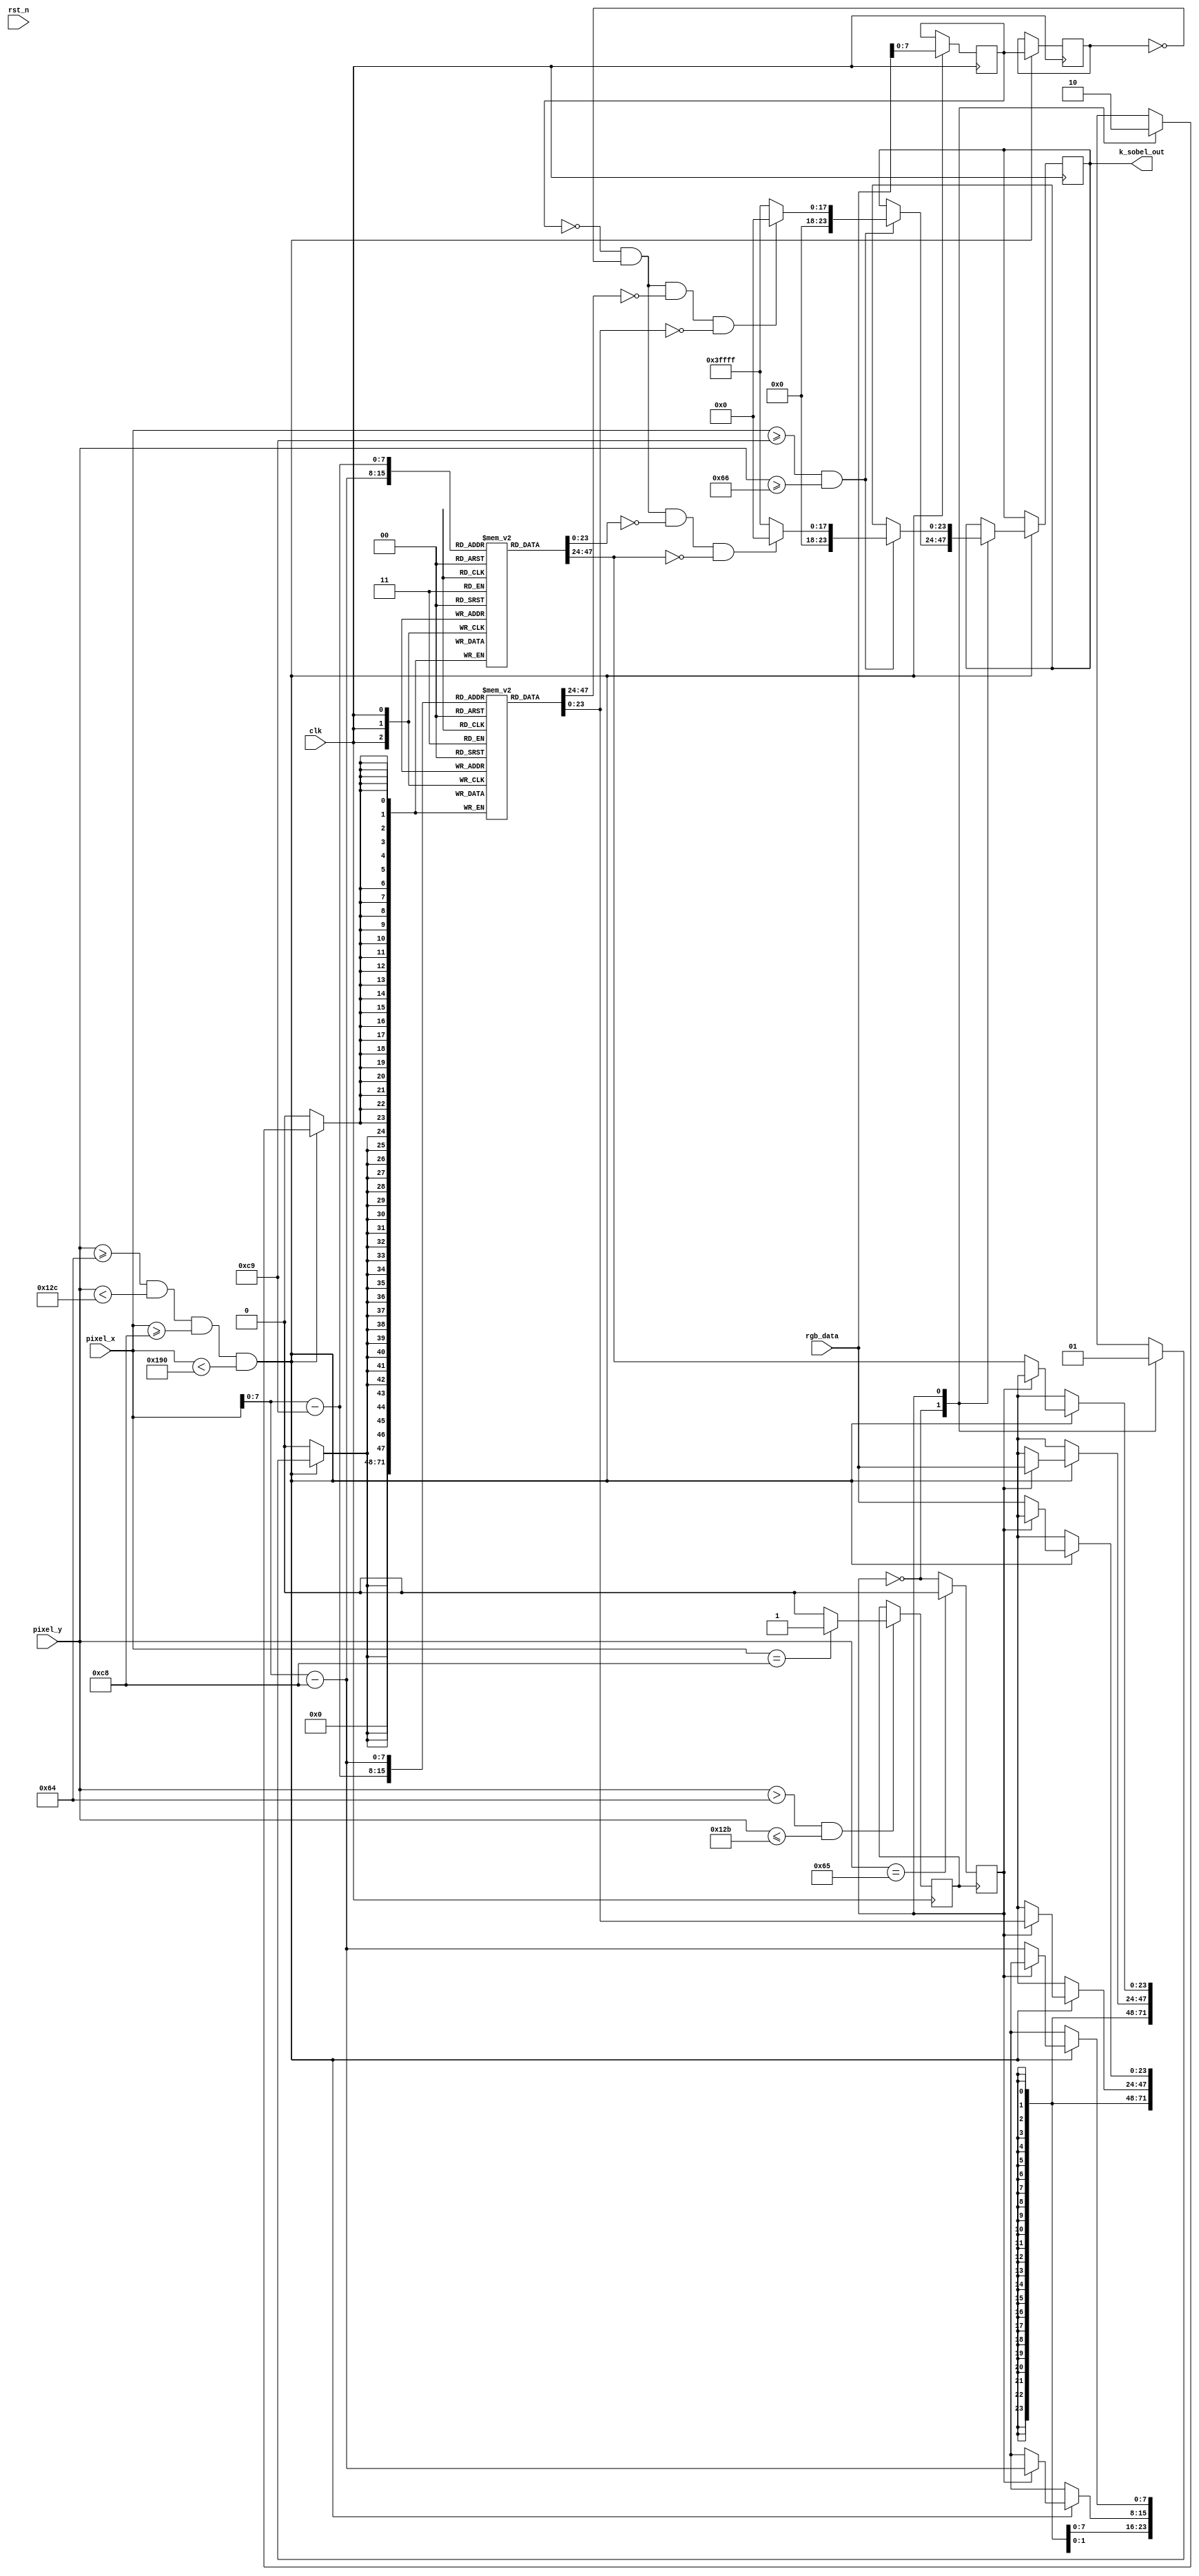
`timescale 1ns / 1ps
//////////////////////////////////////////////////////////////////////////////////
// Company: 
// Engineer: 
// 
// Design Name: 
// Module Name: erosion
// Project Name: 
// Target Devices: 
// Tool Versions: 
// Description: 
// 
// Dependencies: 
// 
// Revision:
// Revision 0.01 - File Created
// Additional Comments:
// 
//////////////////////////////////////////////////////////////////////////////////


module erosion(
input clk,
input rst_n,
input [10:0] pixel_x,
input [10:0] pixel_y,
input wire [23:0] rgb_data,
output  reg [23:0] k_sobel_out
    );
parameter PIC_X_START = 11'd200;      //
parameter PIC_Y_START = 11'd100;      //
parameter PIC_WIDTH   = 11'd200;    //
parameter PIC_HEIGHT  = 11'd200;    //
parameter sobel=16'd15625;
 wire [7:0]rgb_gray;
 wire [23:0]gray_data;
 reg line_clk;
 reg state;
 reg [23:0]sobel_out;
 reg [23:0] line1[199:0];
 reg [23:0] line2[199:0];
 reg [7:0] p0;
 reg [7:0] p1;
 reg [7:0] p2;
 reg [9:0] cov_out;//y
 reg [9:0] cov_out1;//x
 wire [20:0] cov_square;
initial state=1'b0;

always@(posedge clk)begin
        if(pixel_y>100 &&pixel_y<=299)begin//
            if(pixel_x==200) 
                line_clk<=1'b1;
            else 
                line_clk<=1'b0;//
        end
end        
                    
always@(posedge line_clk)begin
    if(pixel_y==101)
        state<=0;//statestate=0
    else
        state<=~state;
end
//-------------------

always@(posedge clk)begin
    if((pixel_y >= PIC_Y_START) && (pixel_y < PIC_Y_START + PIC_HEIGHT) 
        && (pixel_x >= PIC_X_START) && (pixel_x < PIC_X_START + PIC_WIDTH)) begin
        case(state)
             1'b0:begin 
                line1[pixel_x-200]<=rgb_data;
                line2[pixel_x-200]<=line2[pixel_x-200];
                p2<=rgb_data;//p2rgb_grayp1p0
                p1<=p2;
                if(pixel_x>=201 && pixel_y>=102)begin
    //1 2 3   -1 -2 -1
    //4 5 6   0   0  0
    //7 8 9   1    2  1
               if(p2==24'd0&&p1==24'd0&&line1[pixel_x-201]==24'd0&&line1[pixel_x-200]==24'd0)
                    k_sobel_out<=24'd0;
                else
                    k_sobel_out<= 24'b111111111111111111;
               end 
            end
            1'b1:begin
                line2[pixel_x-200]<=rgb_data;
                line1[pixel_x-200]<=line1[pixel_x-200];
                p2<=rgb_data;//p2rgb_grayp1p0
                p1<=p2;
                if(pixel_x>=201 && pixel_y>=102)begin
    //1 2 3   -1 -2 -1
    //4 5 6   0   0  0
    //7 8 9   1    2  1
                if(p2==24'd0&&p1==24'd0&&line2[pixel_x-201]==24'd0&&line2[pixel_x-200]==24'd0)
                    k_sobel_out<=24'd0;
                else
                    k_sobel_out<= 24'b111111111111111111;
               end 
             end
            default:begin 
                 line1[pixel_x]<=line1[pixel_x];
                 line2[pixel_x]<=line2[pixel_x];
                 k_sobel_out<=k_sobel_out;
            end
   endcase
end
end    





endmodule